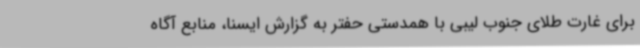
برای غارت طلای جنوب لیبی با همدستی حفتر به گزارش ایسنا، منابع آگاه